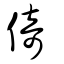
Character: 倚